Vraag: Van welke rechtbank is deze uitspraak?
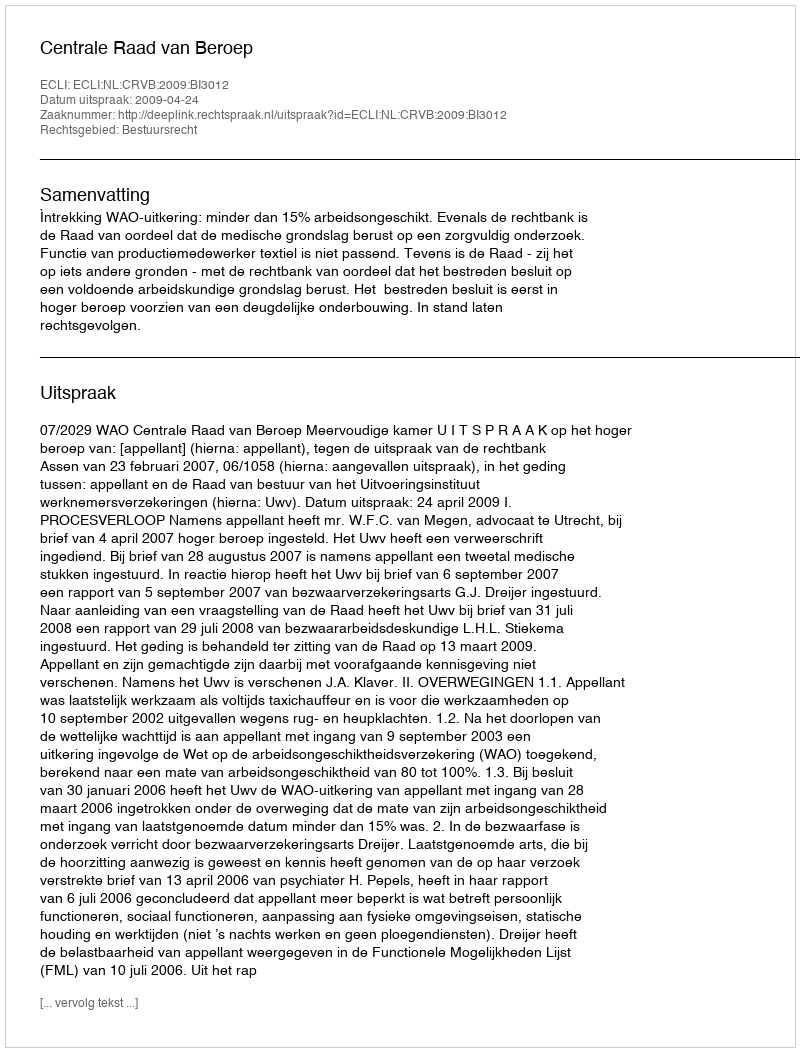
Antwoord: Centrale Raad van Beroep